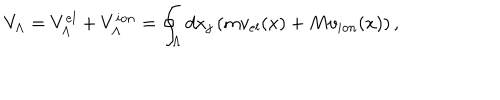
LaTeX: V _ { \Lambda } = V _ { \Lambda } ^ { e l } + V _ { \Lambda } ^ { i o n } = \oint _ { \Lambda } d x _ { j } \left( m v _ { e l } ( x ) + M v _ { i o n } ( x ) \right) ,